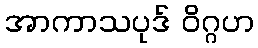
အာကာသပုဒ် ဝိဂ္ဂဟ